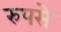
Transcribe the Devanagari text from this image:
रुपसे